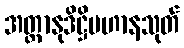
အတ္တာနုဒိဋ္ဌိပဟာနသုတ်